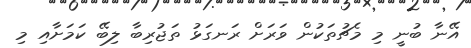
އޭނާ ބުނީ މި މެޗުތަކުން ވަރަށް ރަނގަޅު ތަޖުރިބާ ލިބޭ ކަމަށާއި މި